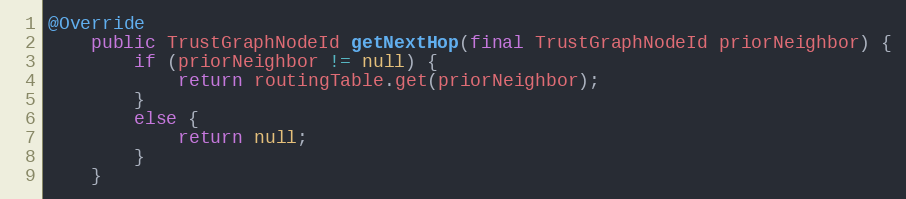
Language: Java
@Override
    public TrustGraphNodeId getNextHop(final TrustGraphNodeId priorNeighbor) {
        if (priorNeighbor != null) {
            return routingTable.get(priorNeighbor);
        }
        else {
            return null;
        }
    }